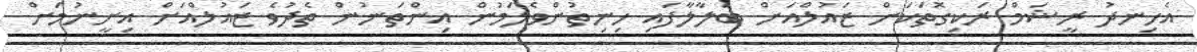
އެހިނދު ރީޝަމް ރަކިގޮތަކަށް ޒައުލްއަށް ބަލާލާފައި ހިނިތުންވެލަމުން އިންތަނުން ތެދުވެ ޒައުލްއަށް އިށީނުމަށް